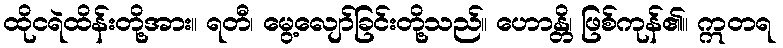
ထိုငရဲထိန်းတို့အား။ ရတီ၊ မွေ့လျော်ခြင်းတို့သည်။ ဟောန္တိ၊ ဖြစ်ကုန်၏။ ဣတရ